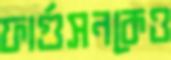
ফার্গুসনকেও